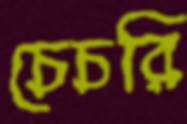
চেচরি